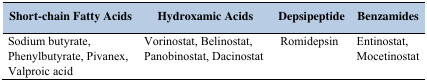
<table><thead><tr><td><b>Short-chain Fatty Acids</b></td><td><b>Hydroxamic Acids</b></td><td><b>Depsipeptide</b></td><td><b>Benzamides</b></td></tr></thead><tbody><tr><td>Sodium butyrate, Phenylbutyrate, Pivanex, Valproic acid</td><td>Vorinostat, Belinostat, Panobinostat, Dacinostat</td><td> Romidepsin</td><td>Entinostat, Mocetinostat</td></tr></tbody></table>